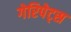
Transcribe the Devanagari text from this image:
गेरिपेट्स